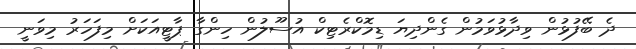
ދެ ބޭފުޅުން ވިދާޅުވަމުން ގެންދިޔަ ޑިމޮކްރެޓިކް އުސޫލުން ހިންގާ ޕާޓީއަކަށް މިފަހަރު މިވަނީ